King Institute of Preventive Medicine Micro-Biological Section reports 1909-11
Year: 1909
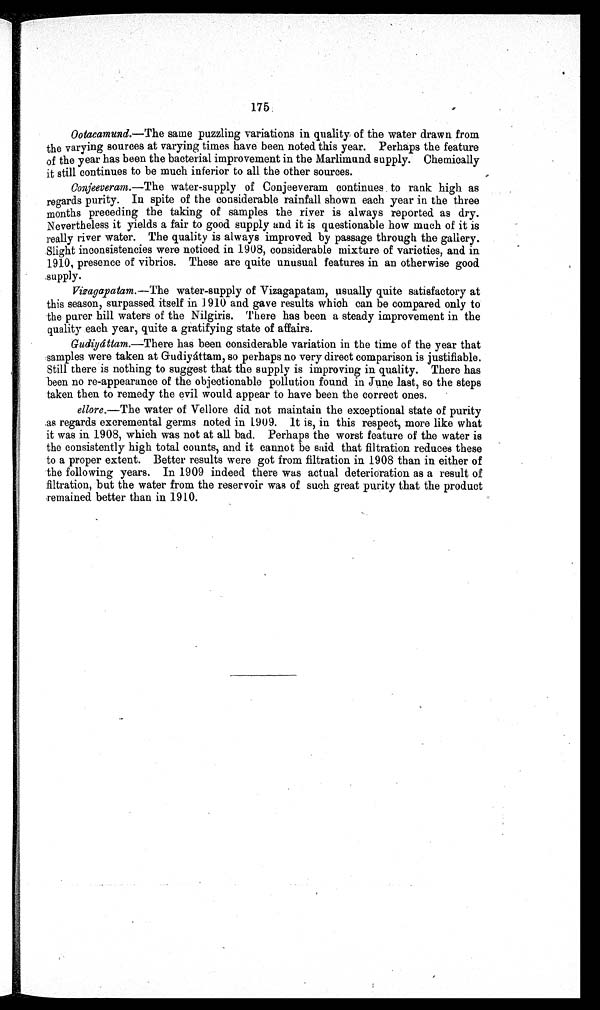
175
Ootacamund.—The
same puzzling variations in quality of the water drawn from
the varying sources at varying times have been noted this year. Perhaps the feature
of the year has been the bacterial improvement in the Marlimund supply. Chemically
it still continues to be much inferior to all the other sources.
Conjeeveram.—The
water-supply of Conjeeveram continues to rank high as
regards purity. In spite of the considerable rainfall shown each year in the three
months preceding the taking of samples the river is always reported as dry.
N evertheless it yields a fair to good supply and it is questionable how much of it is
really river water. The quality is always improved by passage through the gallery.
Slight inconsistencies were noticed in 1908, considerable mixture of varieties, and in
1910, presence of vibrios. These are quite unusual features in an otherwise good
supply.
Vizagapatam.—The
water-supply of Vizagapatam, usually quite satisfactory at
this season, surpassed itself in 1910 and gave results which can be compared only to
the purer hill waters of the Nilgiris. There has been a steady improvement in the
quality each year, quite a gratifying state of affairs.
Gudiyáttam.—There has been considerable variation in the time of the year that
samples were taken at Gudiyáttam, so perhaps no very direct comparison is justifiable.
Still there is nothing to suggest that the supply is improving in quality. There has
been no re-appearance of the objectionable pollution found in June last, so the steps
taken then to remedy the evil would appear to have been the correct ones.
ellore .—The water of Vellore did not maintain the exceptional state of purity
.as regards excremental germs noted in 1909. It is, in this respect, more like what
it was in 1908, which was not at all bad. Perhaps the worst feature of the water is
the consistently high total counts, and it cannot be said that filtration reduces these
to a proper extent. Better results were got from filtration in 1908 than in either of
the following years. In 1909 indeed there was actual deterioration as a result of
filtration, but the water from the reservoir was of such great purity that the product
remained better than in 1910.